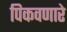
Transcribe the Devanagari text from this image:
पिकवणारे